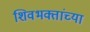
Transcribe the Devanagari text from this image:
शिवभक्तांच्या